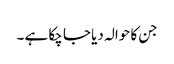
جن کا حوالہ دیا جا چکا ہے ۔